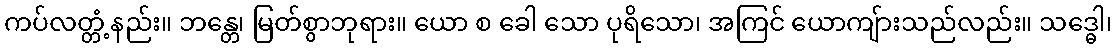
ကပ်လတ္တံ့နည်း။ ဘန္တေ၊ မြတ်စွာဘုရား။ ယော စ ခေါ သော ပုရိသော၊ အကြင် ယောကျ်ားသည်လည်း။ သဒ္ဓေါ၊